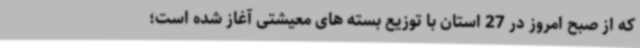
که از صبح امروز در 27 استان با توزیع بسته های معیشتی آغاز شده است؛